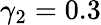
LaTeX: \gamma_{2}=0.3